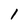
Character: 1